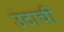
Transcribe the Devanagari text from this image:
उंटाची